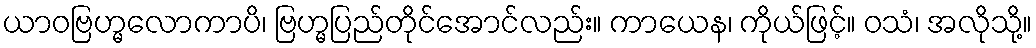
ယာဝဗြဟ္မလောကာပိ၊ ဗြဟ္မပြည်တိုင်အောင်လည်း။ ကာယေန၊ ကိုယ်ဖြင့်။ ဝသံ၊ အလိုသို့။